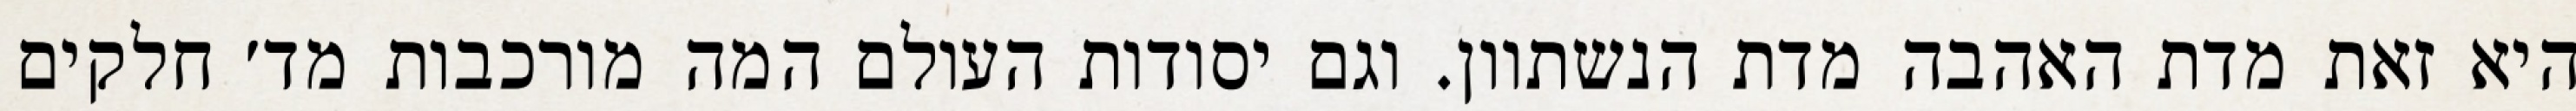
היא זאת מדת האהבה מדת הנשתוון. וגם יסודות העולם המה מורכבות מד׳ חלקים